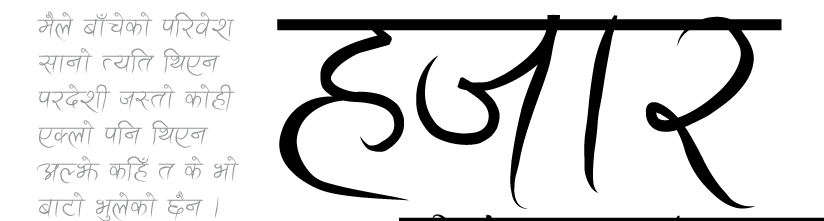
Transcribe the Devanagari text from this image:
मैले बाँचेको परिवेश
सानो त्यति थिएन
परदेशी जस्तो कोही
एकलो पनि थिएन
अल्झे कहिँ त के भो
बाटो भुलेको छैन।
हजार